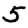
Digit: 5